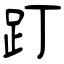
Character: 䟓